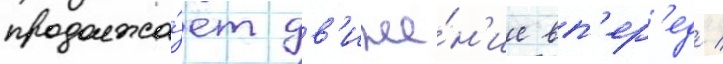
продолжа́ет дв'иже́н'ие вп'ер'ед /